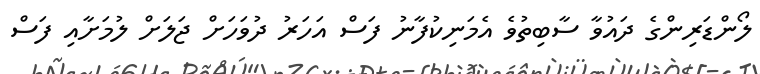
ލޯންޑަރިންގެ ދައުވާ ސާބިތުވެ އެމަނިކުފާނު ފަސް އަހަރު ދުވަހަށް ޖަލަށް ލުމަށާއި ފަސް